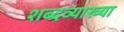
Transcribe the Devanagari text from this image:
शब्दव्याख्या